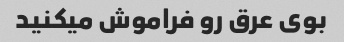
بوی عرق رو فراموش میکنید